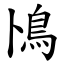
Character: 鳪